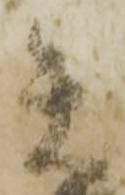
矢